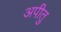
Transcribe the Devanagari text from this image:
अपीतु